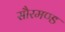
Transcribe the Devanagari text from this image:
सौरमण्ड